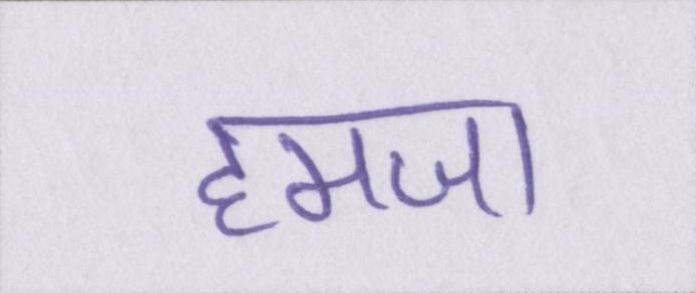
हमजा